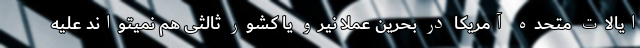
ایالات متحده آمریکا در بحرین عملا نیرو یا کشور ثالثی هم نمیتواند علیه